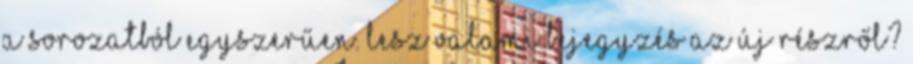
a sorozatból egyszerűen. Lesz valami bejegyzés az új részről?